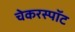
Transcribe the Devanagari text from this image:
चेकरस्पॉट